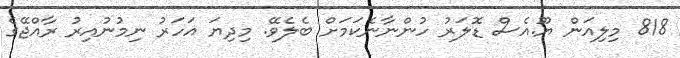
818 މިލިއަން ޔޫ.އެސް ޑޮލަރު ހުންނާނެކަމަށް ބެލެވޭ. މިދިޔަ އަހަރު ނިމުނުއިރު ރާއްޖޭގެ